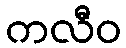
ကလီဝ